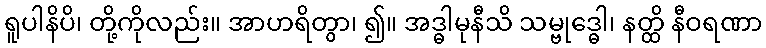
ရူပါနိပိ၊ တို့ကိုလည်း။ အာဟရိတွာ၊ ၍။ အဒ္ဓါမုနီသိ သမ္ဗုဒ္ဓေါ၊ နတ္ထိ နီဝရဏာ